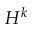
H ^ { k }